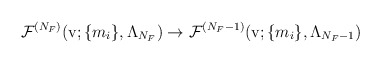
\begin{align*}{\cal F}^{(N_{F})}({\rm v}; \{ m_{i} \},\Lambda_{N_{F}}) \rightarrow {\cal F}^{(N_{F}-1)}({\rm v}; \{ m_{i}\},\Lambda_{N_{F}-1})\end{align*}